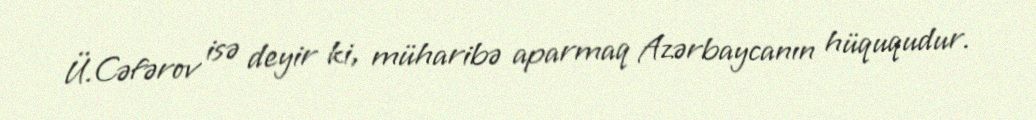
Ü.Cəfərov isə deyir ki, müharibə aparmaq Azərbaycanın hüququdur.